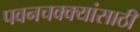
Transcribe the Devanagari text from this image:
पवनचक्क्यांसाठी